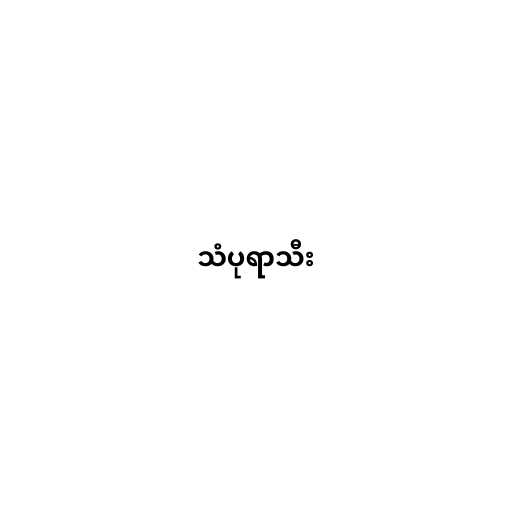
သံပုရာသီး